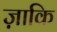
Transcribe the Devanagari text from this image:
ज़ाकि